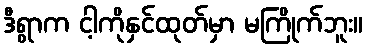
ဒီရွာက ငါ့ကိုနှင်ထုတ်မှာ မကြိုက်ဘူး။